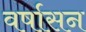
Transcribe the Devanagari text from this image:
वर्षासन